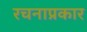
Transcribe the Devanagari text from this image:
रचनाप्रकार